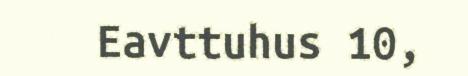
Eavttuhus 10,